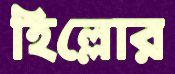
হিল্লোর